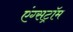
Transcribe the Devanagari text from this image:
एंग्सट्रॉम